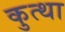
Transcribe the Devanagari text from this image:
कुत्था